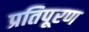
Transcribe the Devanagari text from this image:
प्रतिपूरण